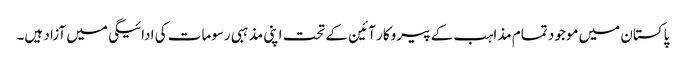
پاکستان میں موجود تمام مذاہب کے پیرو کار آئین کے تحت اپنی مذہبی رسومات کی ادائیگی میں آزاد ہیں۔